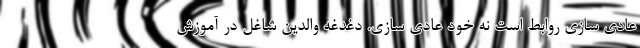
عادی سازی روابط است نه خود عادی سازی. دغدغه والدین شاغل در آموزش